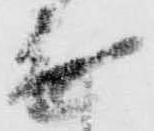
無